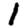
Digit: 1